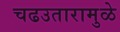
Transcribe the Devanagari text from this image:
चढउतारामुळे